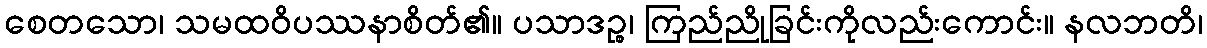
စေတသော၊ သမထဝိပဿနာစိတ်၏။ ပသာဒဉ္စ၊ ကြည်ညိုခြင်းကိုလည်းကောင်း။ နလဘတိ၊